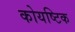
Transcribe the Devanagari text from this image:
कोयष्टिक